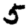
Digit: 5